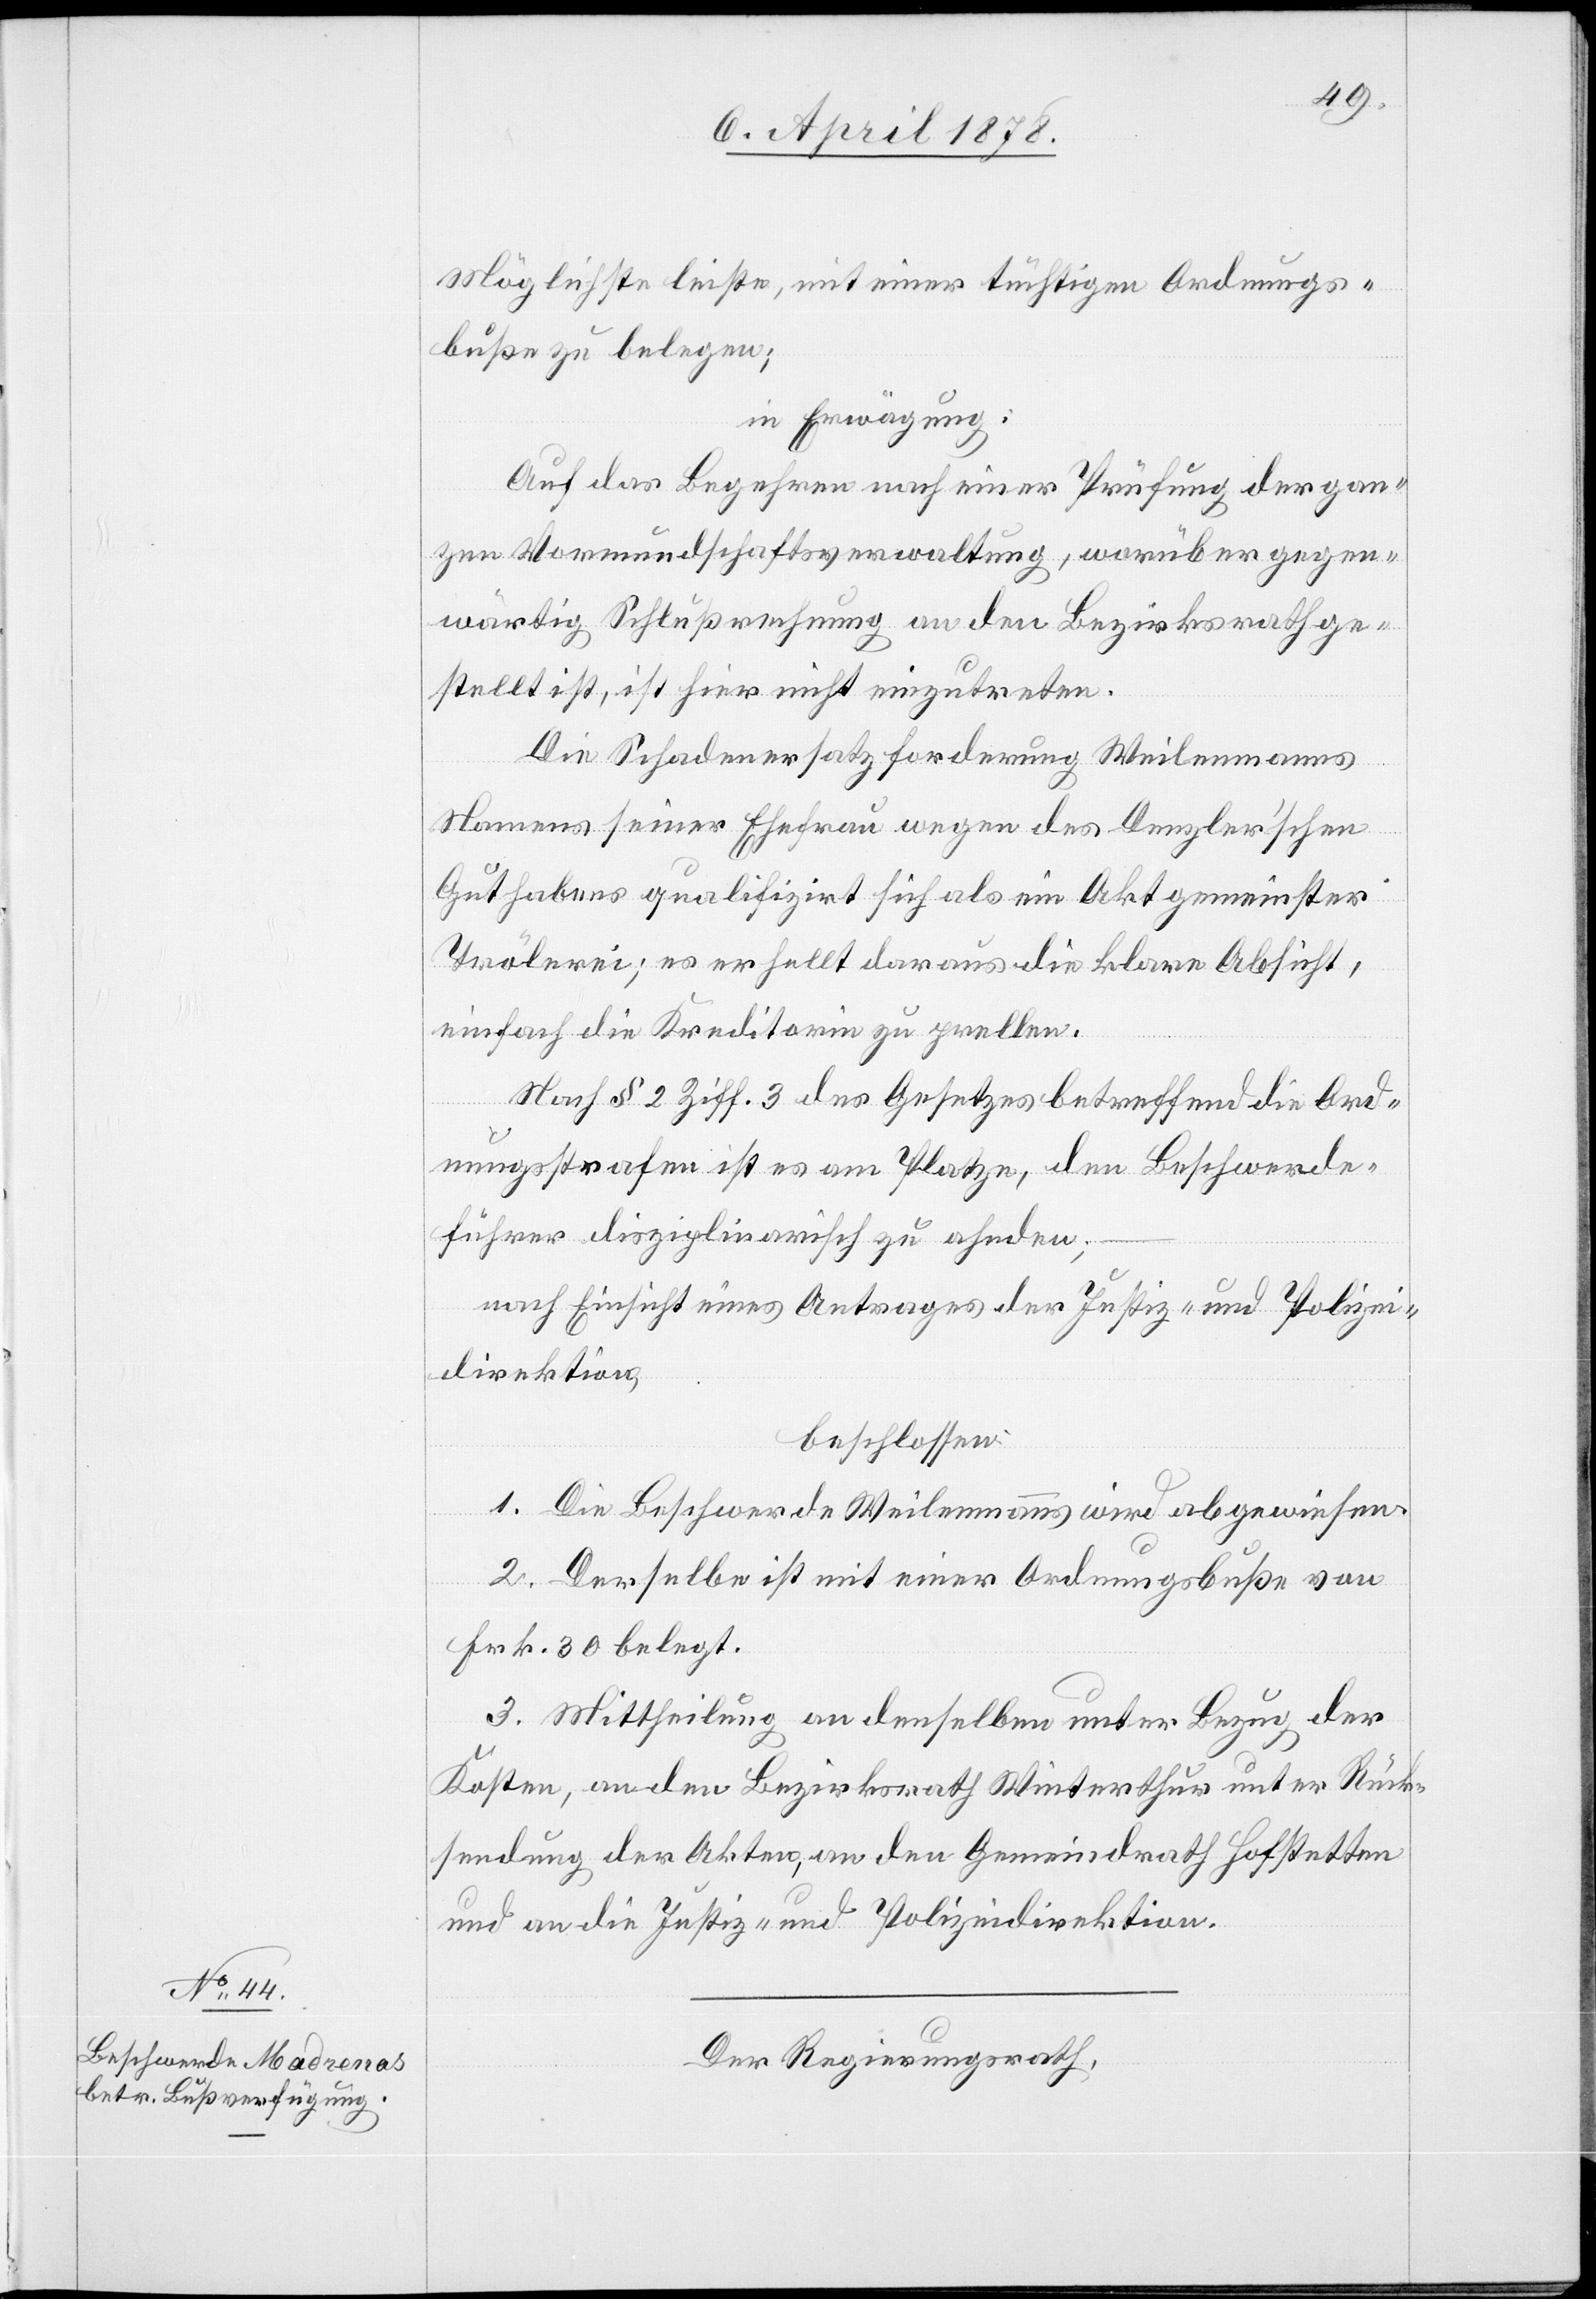
Möglichste leiste, mit einer tüchtigen Ordnungs¬
buße zu belegen;
in Erwägung:
Auf das Begehren nach einer Prüfung der gan¬
zen Vormundschaftsverwaltung, worüber gegen¬
wärtig Schlussrechnung an den Bezirksrath ge¬
stellt ist, ist hier nicht einzutreten.
Die Schadenersatzforderung Weilenmanns
Namens seiner Ehefrau wegen des Denzler’schen
Guthabens qualifizirt sich als ein Akt gemeinster
Trölerei; es erhellt daraus die klare Absicht,
einfach die Kreditorin zu prellen.
Nach§ 2 Ziff. 3 des Gesetzes betreffend die Ord¬
nungsstrafen ist es am Platze, den Beschwerde¬
führer disziplinarisch zu ahnden;
nach Einsicht eines Antrages der Justiz- und Polizei¬
direktion,
beschlossen:
1. Die Beschwerde Weilenmanns wird abgewiesen.
2. Derselbe ist mit einer Ordnungsbuße von
Frk. 30 belegt.
3. Mittheilung an denselben unter Bezug der
Kosten, an den Bezirksrath Winterthur unter Rück¬
sendung der Akten, an den Gemeindrath Hofstetten
und an die Justiz- und Polizeidirektion.
Der Regierungsrath,